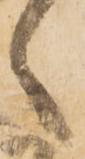
之